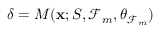
\delta = M ( \mathbf { x } ; S , \mathcal { F } _ { m } , \boldsymbol { \theta } _ { \mathcal { F } _ { m } } )